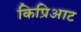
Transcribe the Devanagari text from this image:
किप्रिआट